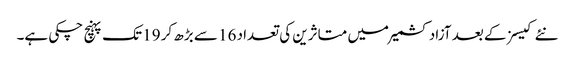
نئے کیسز کے بعد آزاد کشمیر میں متاثرین کی تعداد 16 سے بڑھ کر 19 تک پہنچ چکی ہے۔